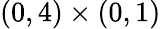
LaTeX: (0,4)\times(0,1)